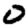
Digit: 0